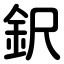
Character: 鈬